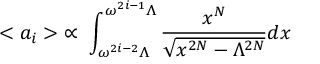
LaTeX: < a _ { i } > \; \propto \; \int _ { \omega ^ { 2 i - 2 } \Lambda } ^ { \omega ^ { 2 i - 1 } \Lambda } \frac { x ^ { N } } { \sqrt { x ^ { 2 N } - \Lambda ^ { 2 N } } } d x